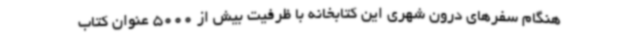
هنگام سفرهای درون شهری این کتابخانه با ظرفیت بیش از 5000 عنوان کتاب